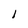
Character: 1